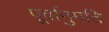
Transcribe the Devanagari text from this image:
पूर्वानुमति